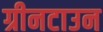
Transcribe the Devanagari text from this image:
ग्रीनटाउन